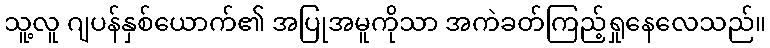
သူ့လူ ဂျပန်နှစ်ယောက်၏ အပြုအမူကိုသာ အကဲခတ်ကြည့်ရှုနေလေသည်။